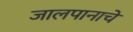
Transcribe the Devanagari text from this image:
जालपानाचे